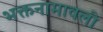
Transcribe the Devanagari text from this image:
भक्तनामावली